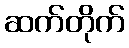
ဆက်တိုက်